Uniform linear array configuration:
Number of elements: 64
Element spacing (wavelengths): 0.25
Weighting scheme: kaiser
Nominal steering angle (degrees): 0
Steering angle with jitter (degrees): -0.8049
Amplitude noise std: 0.05
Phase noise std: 0.05

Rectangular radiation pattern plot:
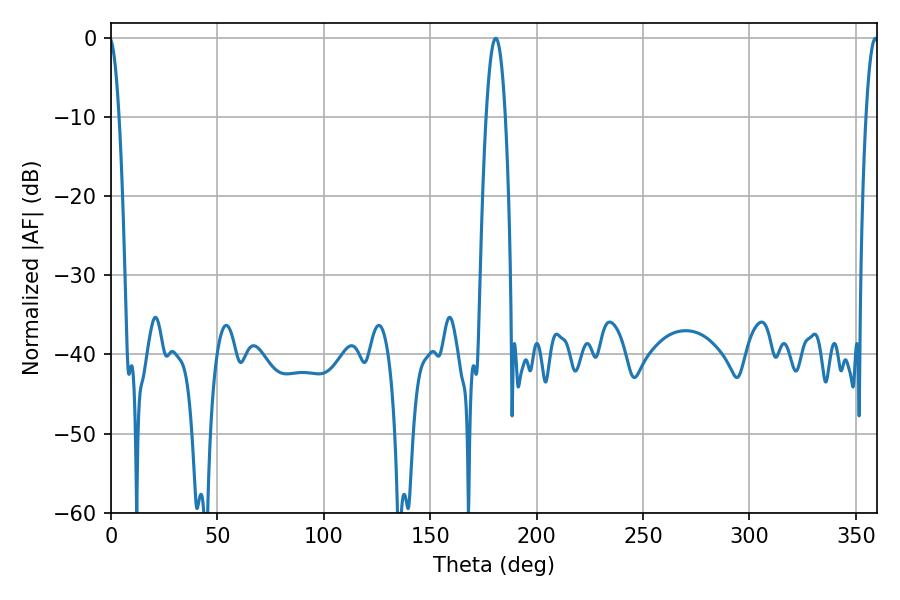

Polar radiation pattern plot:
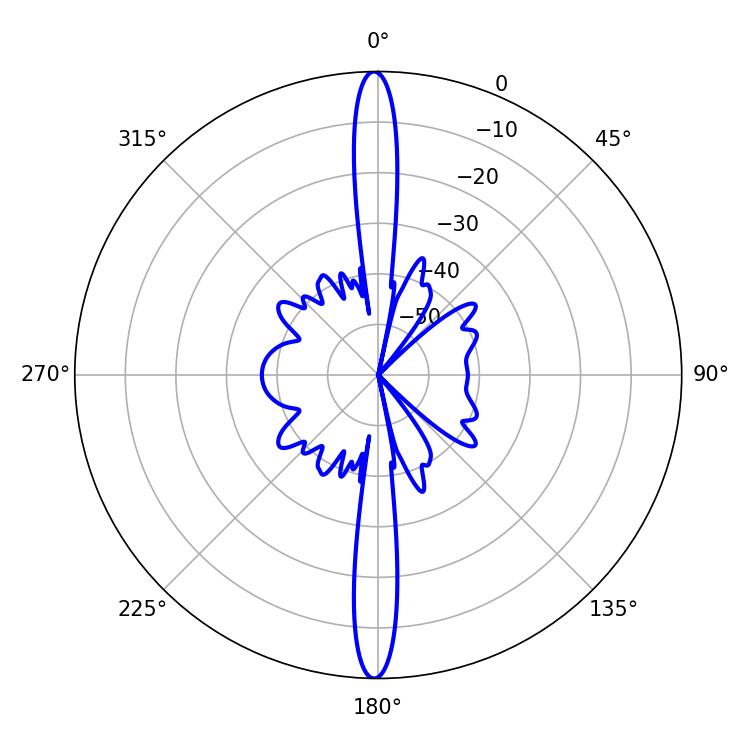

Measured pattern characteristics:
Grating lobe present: FALSE
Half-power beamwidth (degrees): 4.86
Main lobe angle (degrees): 180.72